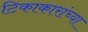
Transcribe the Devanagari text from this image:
टिकाकारांच्या